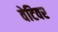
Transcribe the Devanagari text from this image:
वेटिवर